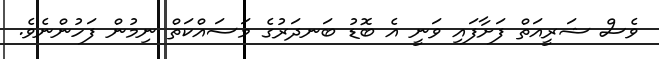
ވެސް ޝަރީއަތް ފަށާފައި ވަނީ އެ ބޮޑު ބަނދަރުގެ މަސައްކަތް ނިމުން ފަހުންނެވެ.